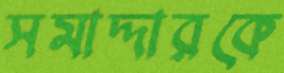
সমাদ্দারকে